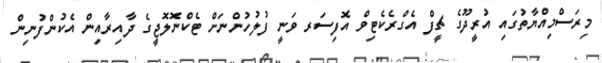
މިރަސްމިއްޔާތުގައި އުރީދޫގެ ޗީފް އެގްރެކެޓިވް އޮފިސަރ ވަނީ ފުލުހުންނަށް ޓެކްނޮލޮޖީގެ ދާއިރާއިން އެކުންފުނިން